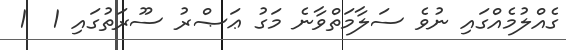
ގެއްލުމެއްގައި ނުވެ ސަލާމަތްވާނެ މަގު ޢަޞްރު ސޫރަތުގައި 1  1